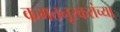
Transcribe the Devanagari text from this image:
कमतनूरकरांच्या